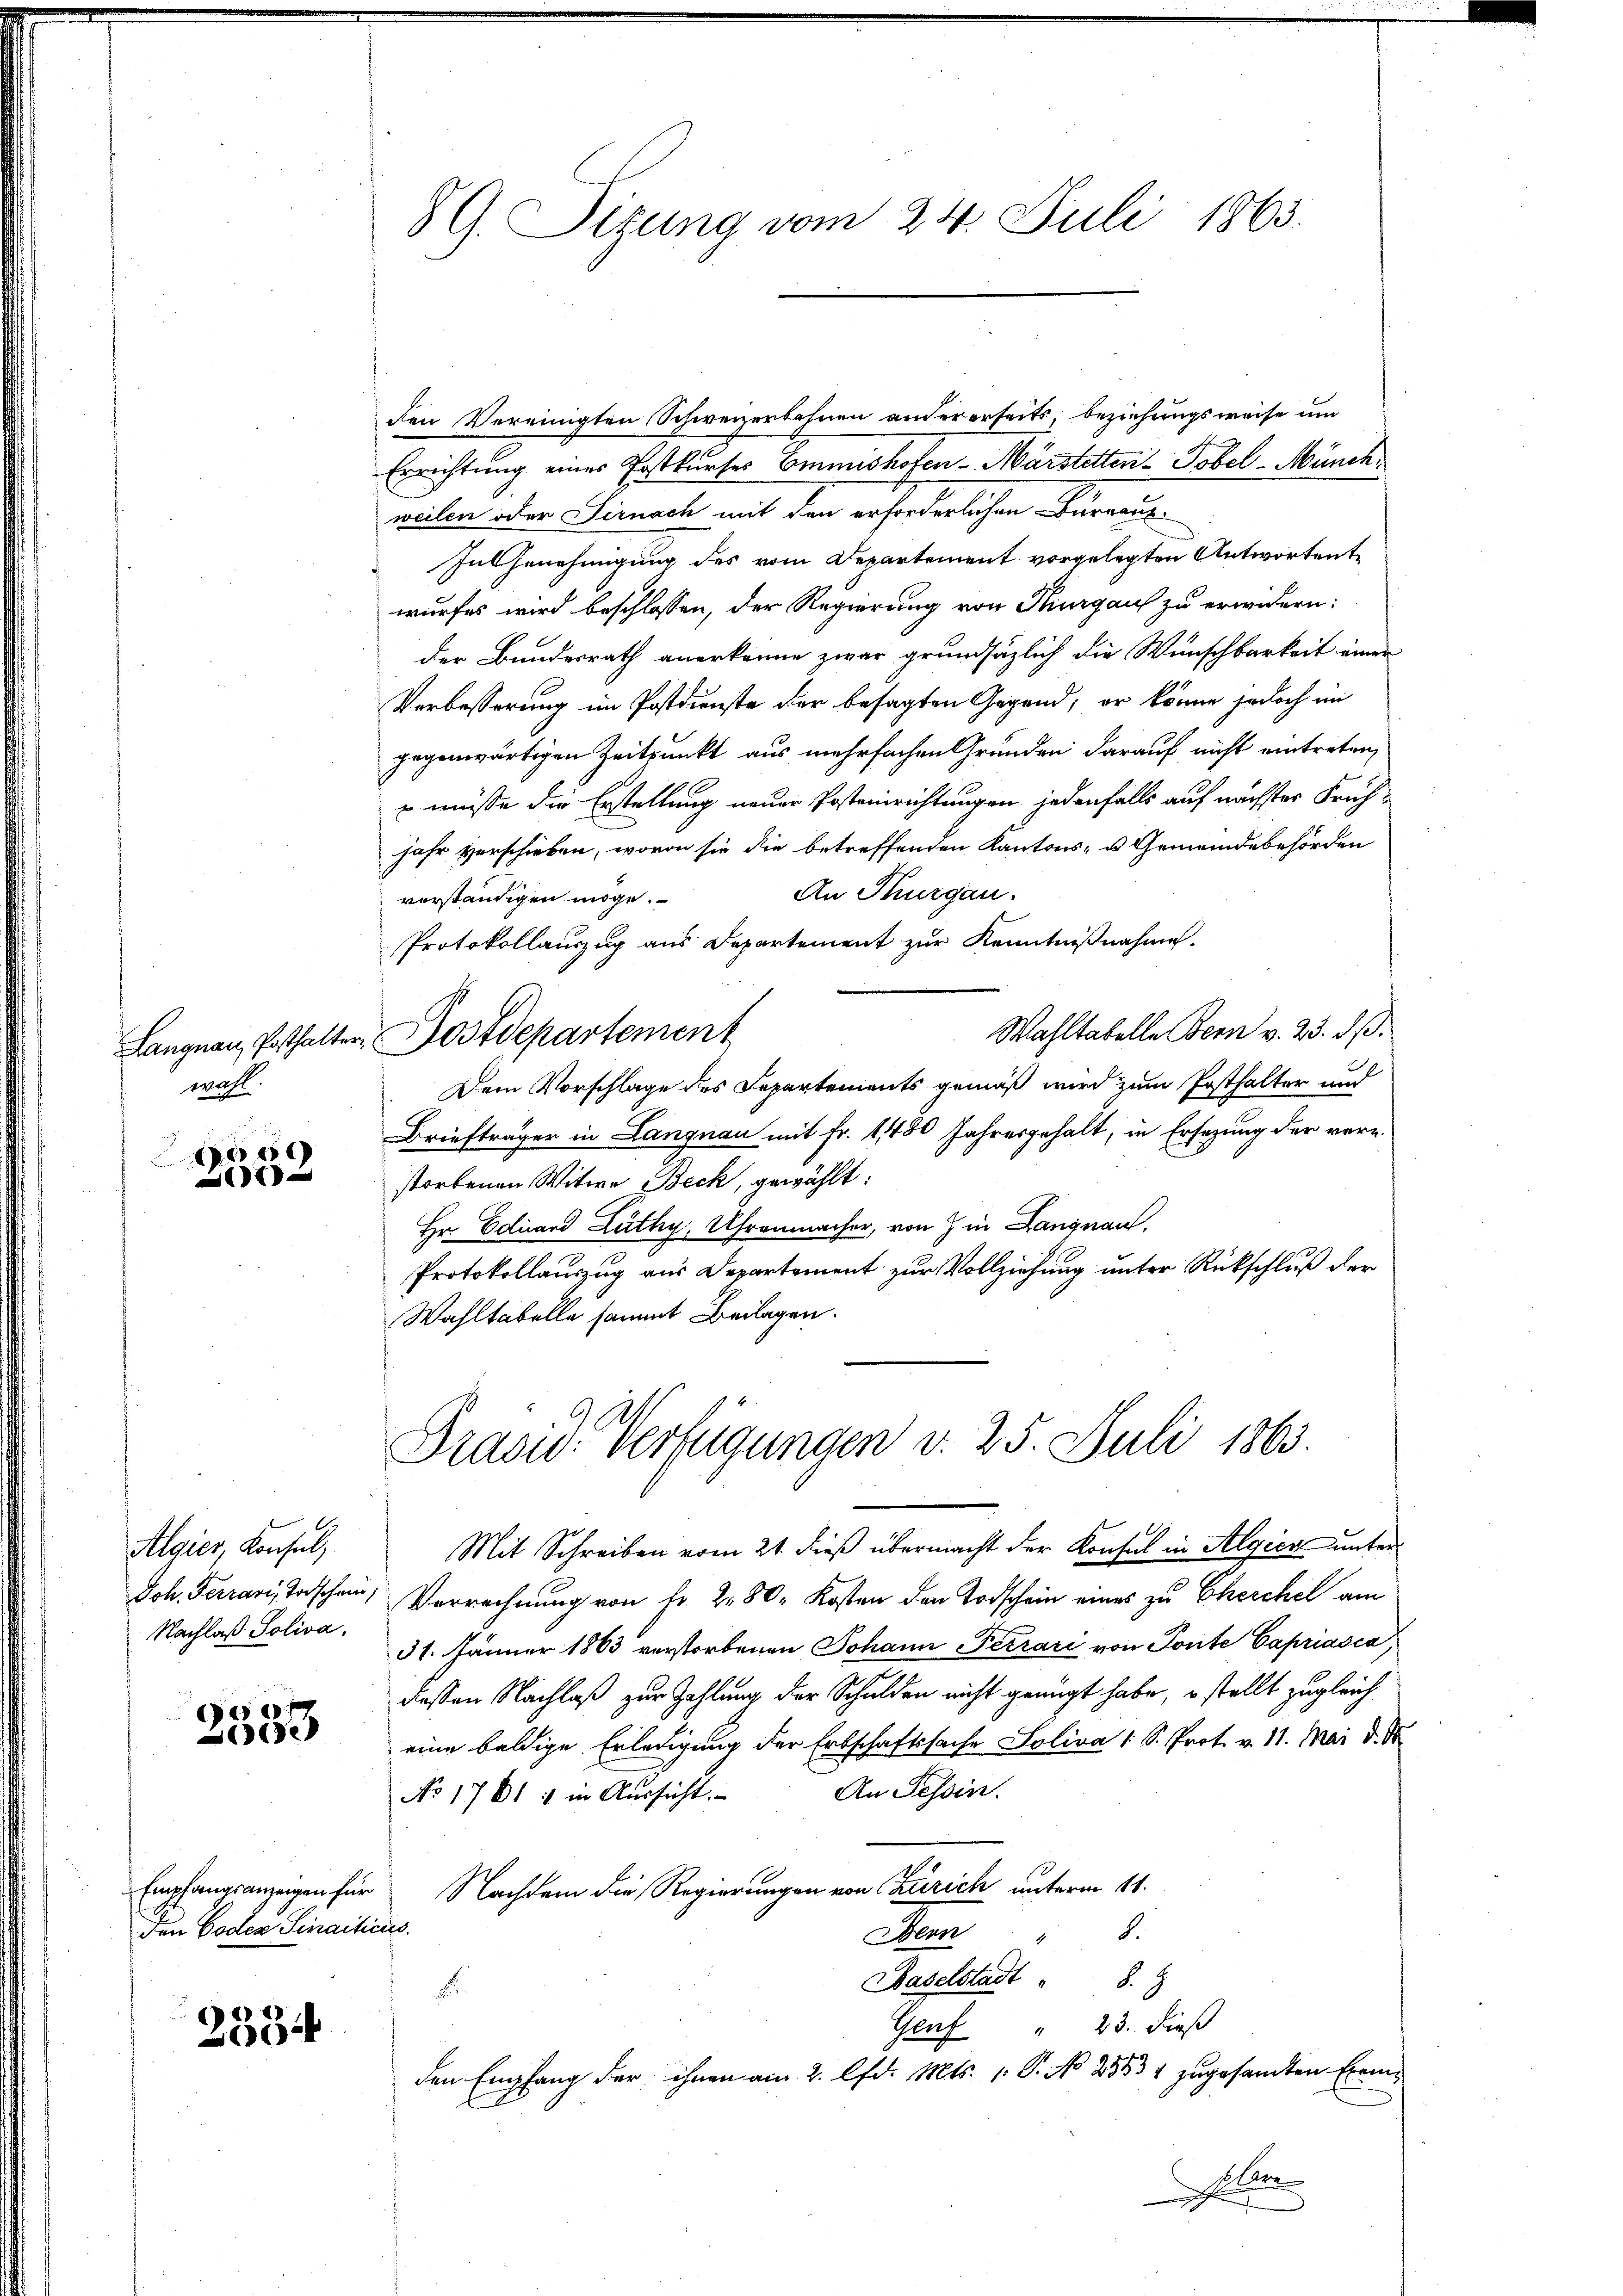
wahl.

2550
1

Algier Konsul,
Joh. Ferrari, Todschein
Nachlaß Soliva,

e
d

den Boden Sinaiticis.

253

G. Sitzung vom 24. Juli 1863.

den Vereinigten Schweizerbahnen andererseits, beziehungsweise um
Errichtung eines Postkurses Commishofen-Märstetten-Tobel - Münchweilen oder Sirnach mit den erforderlichen Burnaus¬
In Genehmigung des vom Departement vorgelegten Antwortentwurfes wird beschlossen, der Regierung von Kurgaus zu erwidern:
der Bundesrath anerkenne zwar grundsätzlich die Wunschbarkeit einen
Vorbesserung im Postdienste der besagten Gegend; er könne jedoch im
gegenwärtigen Zeitpunkt aus mehrfachen Grunden darauf nicht eintreten,
 müsse die Erstellung neuer Posteinrichtungen jedenfalls auf nächster Früh-
jahr verschieben, wovon sie die betreffenden Kantons- u Gemeindebehörden
An Thurgau.
verständigen möge.
Protokollauszug aus Departement zur Kenntnißnahme.
Wahltabelle Bern v. 23. dß.
Langnau, Posthalter Postdepartement
Dem Vorschlage des Departements gemäß wird zum Posthalter und
Briefträger in Langnau mit Fr. 11480 Jahresgehalt, in Ersezung der vernstorbenen Witwe Beck, gewählt:
Hr Eduard Lüthy, Uhrenmacher, von in Langnau,
Protokollauszug aus Departement zur Vollziehung unter Rückschluß der
Wahltabelle sammt Beilagen.

Präsid. Verfügungen d. 25. Juli 1863.

Mit Schreiben vom 21. dieß übermacht der Konsul in Algien unter¬
Verrechnung von Fr. 280. Kosten den Todschein eines zu Cherchel am
31. Jänner 1863 verstorbenen Johann Ferrari von Tonte Capriasca
dessen Nachlaß zur Zahlung der Schulden nicht genügt habe, o stellt zugleich
eine baldige Erledigung der Erbschaftssache Soliva 1 S. Prot. v. 11. Mai d. M.
An Tessin.
No 1761 : in Aussicht.
Empfangsanzeigen für Nachdem die Regierungen von Zürich unterm 11.
8.
en
Haselstadt " 8. J
F
Genf " 23. dieß
den Empfang der ihnen am 2. lfd. Mts. 1. P. No 2383 4 zugesandten Exemso lern
x